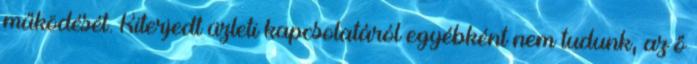
működését. Kiterjedt üzleti kapcsolatáról egyébként nem tudunk, az ő